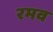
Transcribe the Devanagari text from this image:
रमव